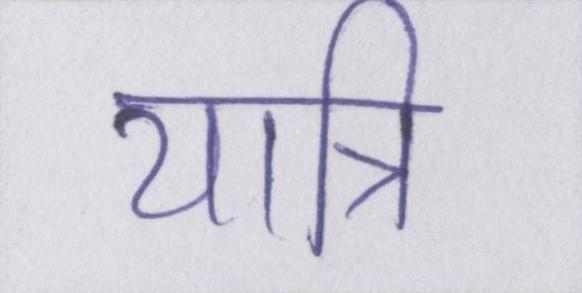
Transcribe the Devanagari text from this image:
यात्रि